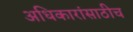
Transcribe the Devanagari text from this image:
अधिकारांसाठीच